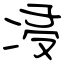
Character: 㓎